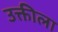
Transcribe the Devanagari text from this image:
उक्तीला